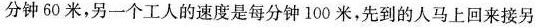
分钟60米，另一个工人的速度是每分钟100米，先到的人马上回来接另